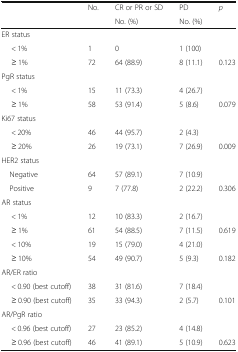
<table><thead><tr><td rowspan="2"></td><td rowspan="2"><b>No.</b></td><td><b>CR or PR or SD</b></td><td><b>PD</b></td><td rowspan="2"><b><i>p</i></b></td></tr><tr><td><b>No. (%)</b></td><td><b>No. (%)</b></td></tr></thead><tbody><tr><td colspan="5">ER status</td></tr><tr><td>&lt; 1%</td><td>1</td><td>0</td><td>1 (100)</td><td></td></tr><tr><td>≥ 1%</td><td>72</td><td>64 (88.9)</td><td>8 (11.1)</td><td>0.123</td></tr><tr><td colspan="5">PgR status</td></tr><tr><td>&lt; 1%</td><td>15</td><td>11 (73.3)</td><td>4 (26.7)</td><td></td></tr><tr><td>≥ 1%</td><td>58</td><td>53 (91.4)</td><td>5 (8.6)</td><td>0.079</td></tr><tr><td colspan="5">Ki67 status</td></tr><tr><td>&lt; 20%</td><td>46</td><td>44 (95.7)</td><td>2 (4.3)</td><td></td></tr><tr><td>≥ 20%</td><td>26</td><td>19 (73.1)</td><td>7 (26.9)</td><td>0.009</td></tr><tr><td colspan="5">HER2 status</td></tr><tr><td> Negative</td><td>64</td><td>57 (89.1)</td><td>7 (10.9)</td><td></td></tr><tr><td> Positive</td><td>9</td><td>7 (77.8)</td><td>2 (22.2)</td><td>0.306</td></tr><tr><td colspan="5">AR status</td></tr><tr><td>&lt; 1%</td><td>12</td><td>10 (83.3)</td><td>2 (16.7)</td><td></td></tr><tr><td>≥ 1%</td><td>61</td><td>54 (88.5)</td><td>7 (11.5)</td><td>0.619</td></tr><tr><td>&lt; 10%</td><td>19</td><td>15 (79.0)</td><td>4 (21.0)</td><td></td></tr><tr><td>≥ 10%</td><td>54</td><td>49 (90.7)</td><td>5 (9.3)</td><td>0.182</td></tr><tr><td colspan="5">AR/ER ratio</td></tr><tr><td>&lt; 0.90 (best cutoff)</td><td>38</td><td>31 (81.6)</td><td>7 (18.4)</td><td></td></tr><tr><td>≥ 0.90 (best cutoff)</td><td>35</td><td>33 (94.3)</td><td>2 (5.7)</td><td>0.101</td></tr><tr><td colspan="5">AR/PgR ratio</td></tr><tr><td>&lt; 0.96 (best cutoff)</td><td>27</td><td>23 (85.2)</td><td>4 (14.8)</td><td></td></tr><tr><td>≥ 0.96 (best cutoff)</td><td>46</td><td>41 (89.1)</td><td>5 (10.9)</td><td>0.623</td></tr></tbody></table>